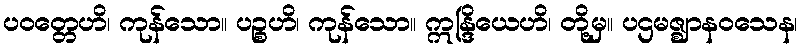
ပဝတ္တေဟိ၊ ကုန်သော။ ပဉ္စဟိ၊ ကုန်သော။ ဣန္ဒြိယေဟိ၊ တို့မှ။ ပဌမဇ္ဈာနဝသေန၊